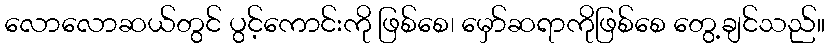
လောလောဆယ်တွင် ပွင့်ကောင်းကို ဖြစ်စေ၊ မှော်ဆရာကိုဖြစ်စေ တွေ့ချင်သည်။